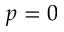
p = 0